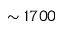
\sim 1 7 0 0